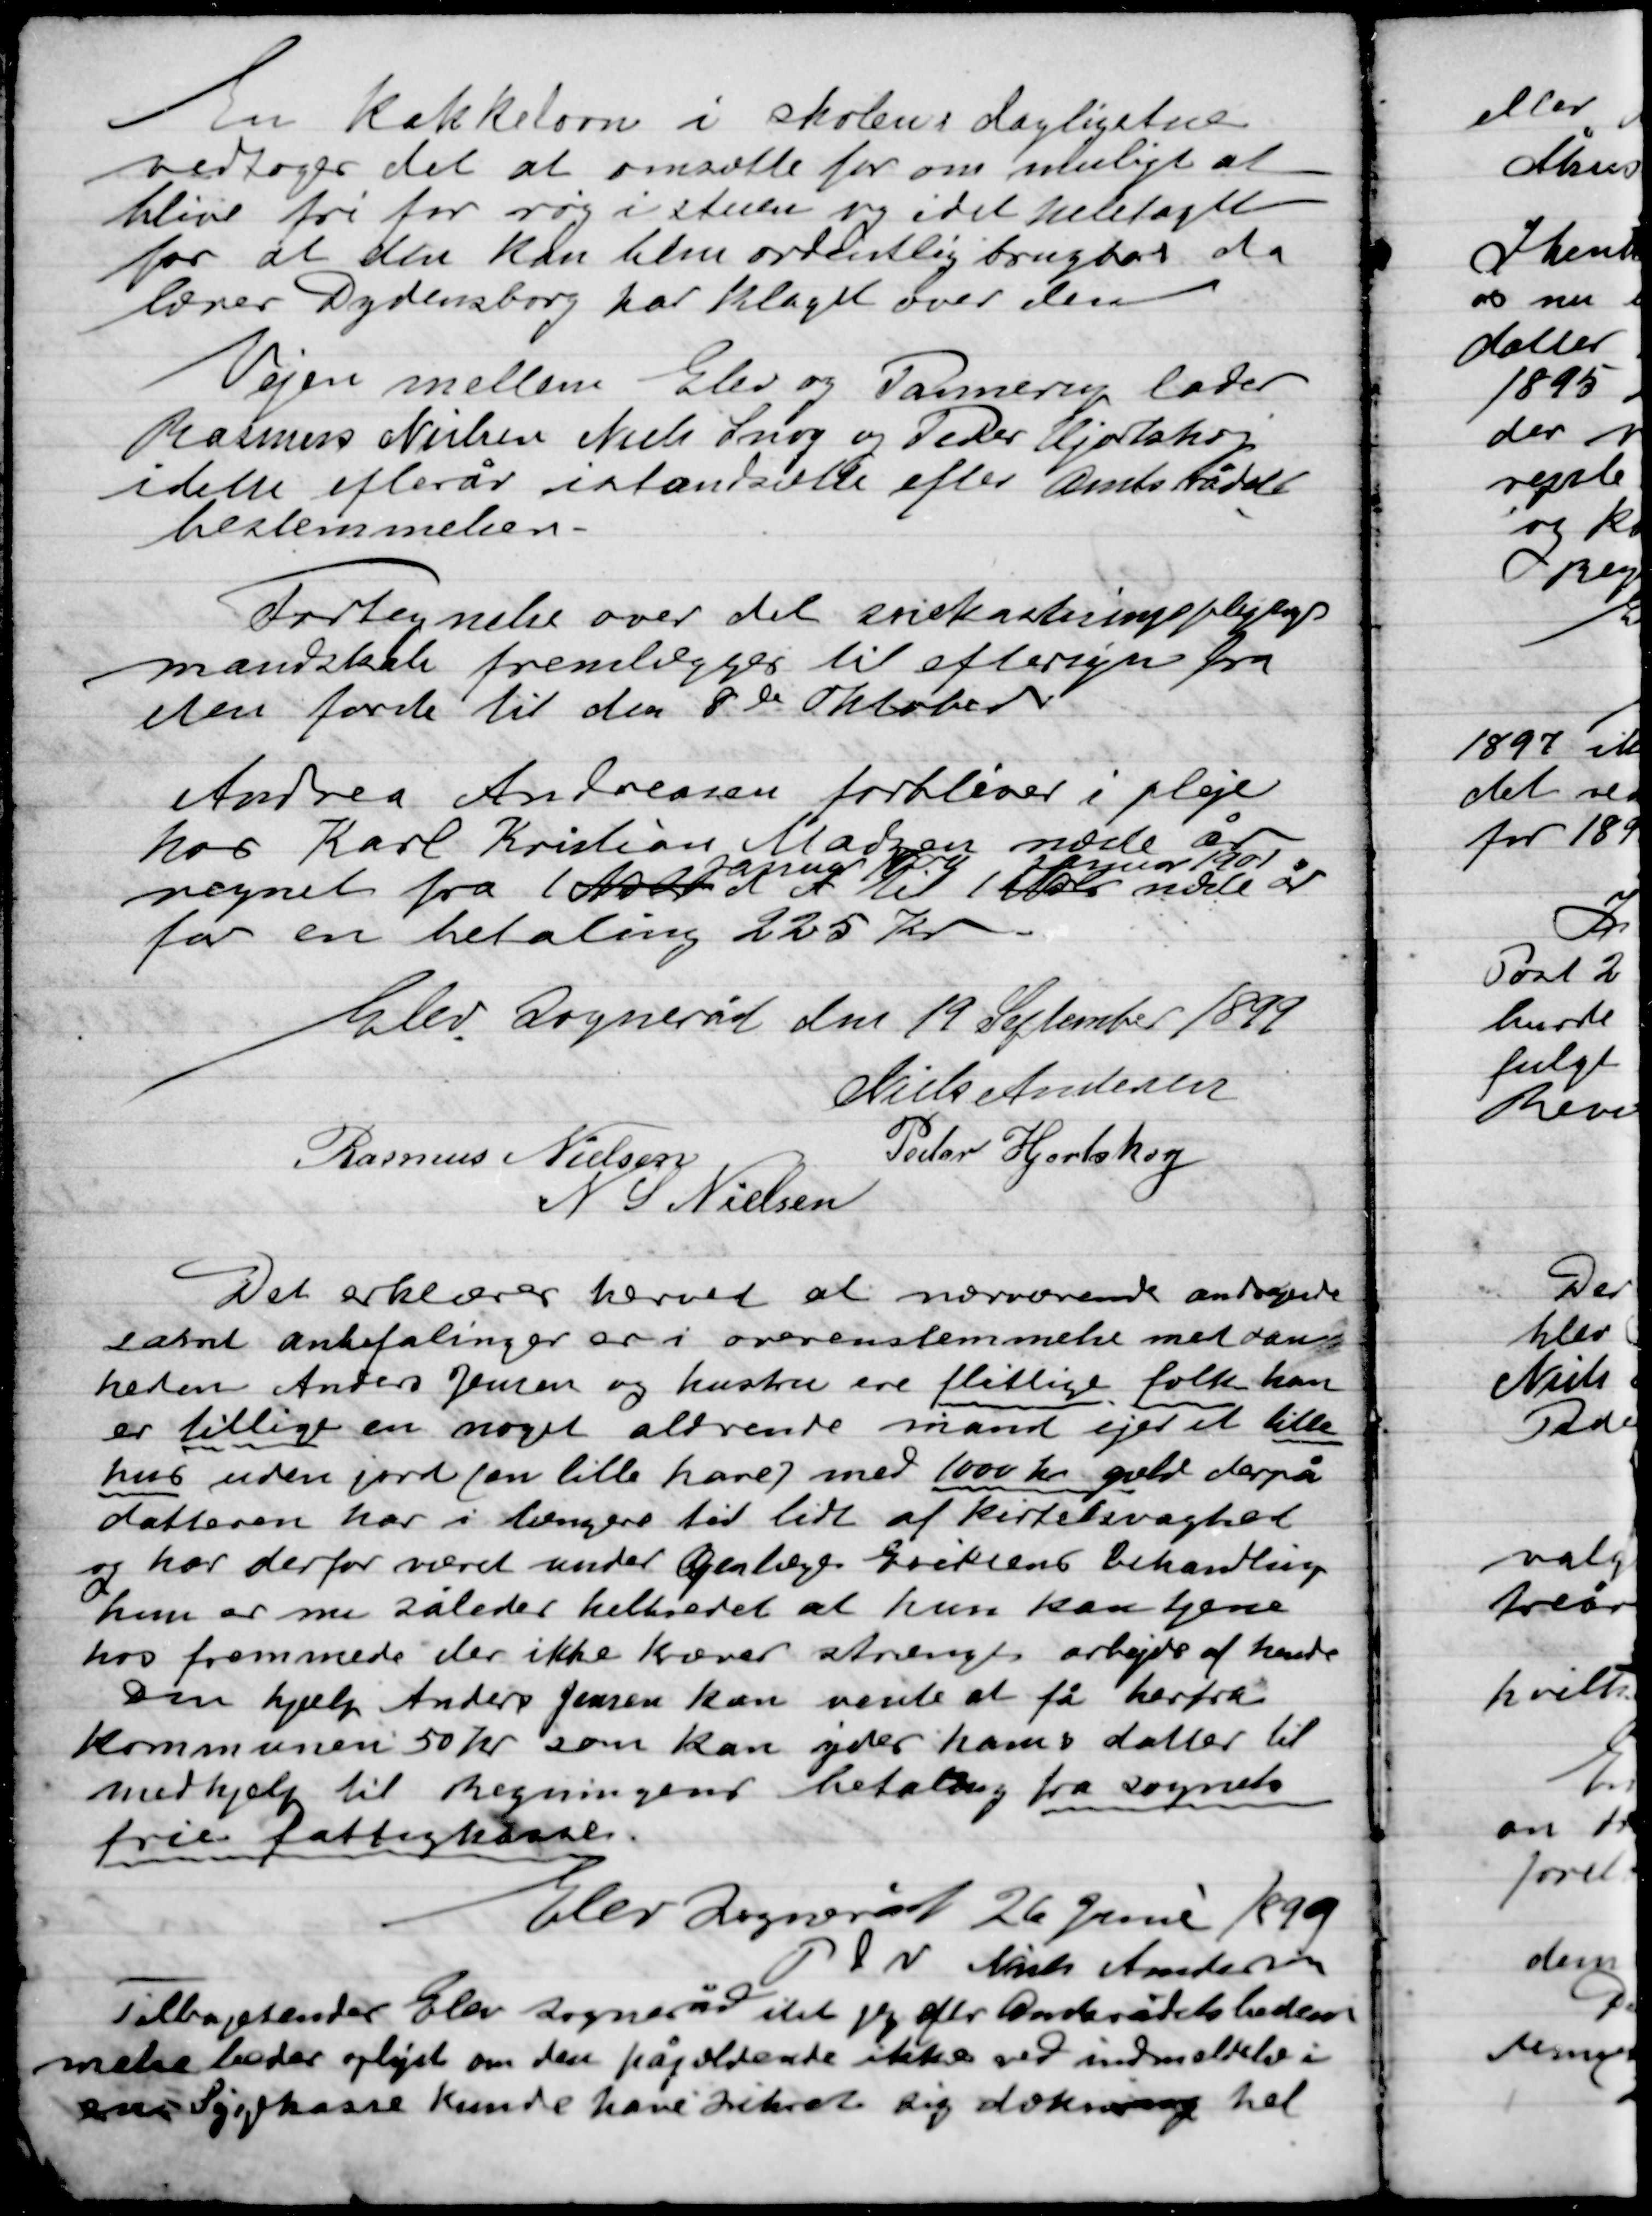
Transskription:
En Kakkelovn i skolens dagligstue
vedtoges det at omsætte for om muligt at
blive fri for røg i stuen og i det hele taget
for at den kan blive ordentlig brugbar da
lærer Dydensborg har klaget over den.

Vejen mellem Elev og Pannerup lader
Rasmus Nielsen, Niels Snog og Peder Hjortshøj
I dette efterår istandsætte efter Amtsrådets
Bestemmelser.

Fortegnelse over det snekastningpligtige
mandskab fremlægger til eftersyn fra
den første til den 8de Oktober.

Andrea Andersen forbliver i pleje
Hos Karl Kristian Madsen næste år
regnet fra 1 Marts
Januar 1900
d. A. til 1 Marts
Januar 1901
 næste år
for en betaling 225 Kr.

Elev Sogneråd den 19 September 1899

Niels Andersen
Rasmus Nielsen,
Peder Hjortshøj
N. S. Nielsen

Det erklæres herved at nærværende andragende
samt anbefalinger er i overensstemmelse med dan-
heden Anders Jensen og hustru ere flittige folk kan
er tillige en noget aldrende mand ejer et lille
hus uden jord (en lille have) med 1000 Kr. gæld derpå
datteren har i længere tid lidt af kirtelsvaghed
og har derfor været under Øjenlæge Eriksens behandling
hun er nu således helbredt at hun kan tjene
hos fremmede der ikke kræver strengt arbejde af hende
den hjælp Anders Jensen kan vente at få herfra
Kommunen 50 Kr. som kan ydes hans datter til
medhjælp til Regninger betaling fra sognets
frie fattigkasse.

Elev sogneråd 26 Juni 1899
P.S.V. Niels Andersen

Tilbagesendes Elev Sogneråd I det jeg efter Amtsrådets bestem-
melse beder oplyse om den pågældende ikke ved indmeldelse i
 Sygekasse kunde have sikret sig dækning hel